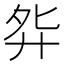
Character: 𫸘